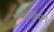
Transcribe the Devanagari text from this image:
फ्लेरोवियम